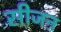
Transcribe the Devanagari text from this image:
सीजऩ